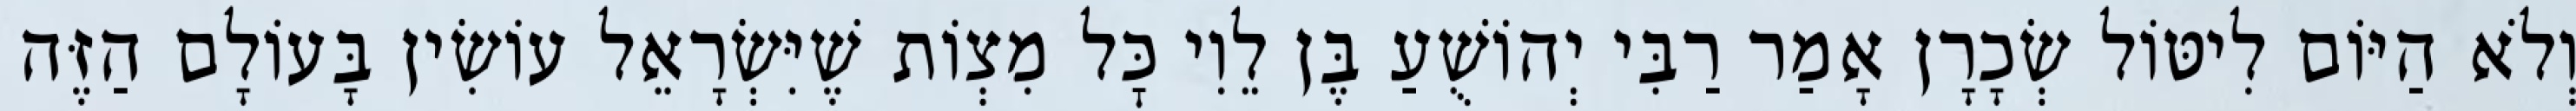
וְלֹא הַיּוֹם לִיטּוֹל שְׂכָרָן אָמַר רַבִּי יְהוֹשֻׁעַ בֶּן לֵוִי כׇּל מִצְוֹת שֶׁיִּשְׂרָאֵל עוֹשִׂין בָּעוֹלָם הַזֶּה